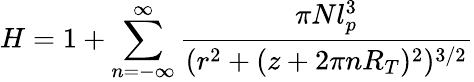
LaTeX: H=1+\sum_{n=-\infty}^{\infty}\frac{\pi Nl_{p}^{3}}{(r^{2}+(z+2\pi nR_{T})^{2})^{3/2}}